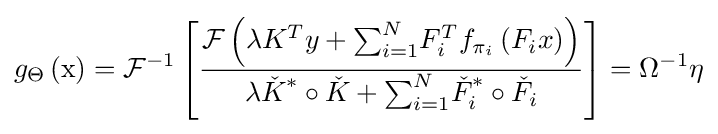
{g}_{\mathrm {\Theta } }\left({\text{x}}\right)={\mathcal {F}}^{-1}\left\lbrack {\frac {{\mathcal {F}}\left(\lambda {K}^{T}y+{\sum }_{i=1}^{N}{F}_{i}^{T}{f}_{{\pi }_{i}}\left({F}_{i}x\right)\right)}{\lambda {\check {K}}^{\text{*}}\circ {\check {K}}+{\sum }_{i=1}^{N}{\check {F}}_{i}^{\text{*}}\circ {\check {F}}_{i}}}\right\rbrack ={\mathrm {\Omega } }^{-1}\eta